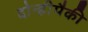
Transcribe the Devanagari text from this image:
दोन्हीपैकी